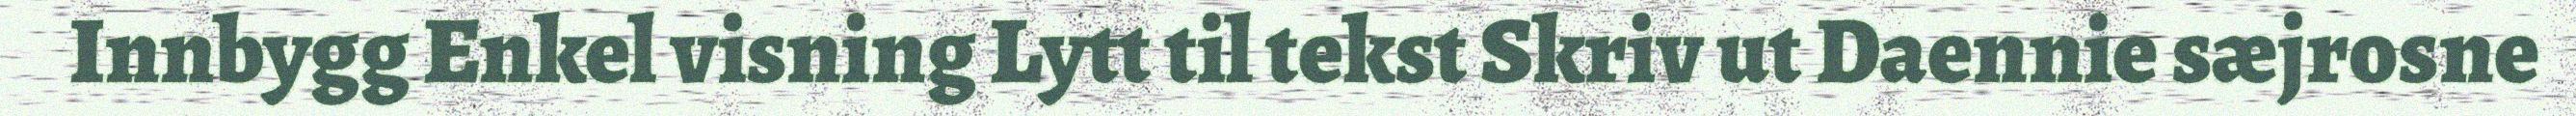
Innbygg Enkel visning Lytt til tekst Skriv ut Daennie sæjrosne